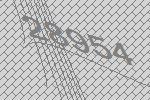
28954